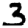
Digit: 3